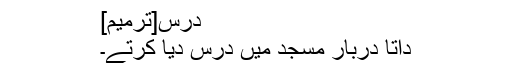
درس[ترمیم]
داتا دربار مسجد میں درس دیا کرتے۔